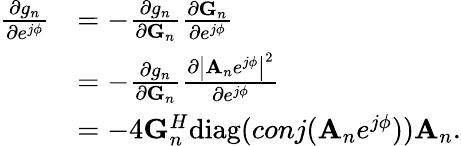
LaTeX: \begin{array}{rl}{{\frac{\partial g_{n}}{\partial e^{j\phi}}}}&{=-{\frac{\partial g_{n}}{\partial{\mathbf G}_{n}}}{\frac{\partial{\mathbf G}_{n}}{\partial e^{j\phi}}}}\\ &{=-{\frac{\partial g_{n}}{\partial{\mathbf G}_{n}}}{\frac{\partial\left|{{\mathbf A}_{n}}e^{j\phi}\right|^{2}}{\partial e^{j\phi}}}}\\ &{=-4{\mathbf G}_{n}^{H}\mathrm{diag}(conj({{\mathbf A}_{n}}e^{j\phi})){{\mathbf A}_{n}}.}\end{array}